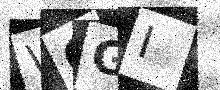
Text: WCGI